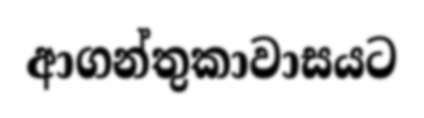
ආගන්තුකාවාසයට